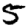
Digit: 5